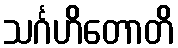
သင်္ဂဟိတောတိ